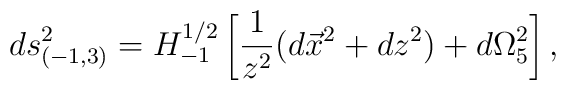
ds_{(-1,3)}^2= H_{-1}^{1/2}\left[{1\over z^2}( d\vec x^2+   dz^2)+  d\Omega_5^2 \right],